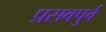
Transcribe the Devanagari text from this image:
प्रसवपुर्व